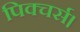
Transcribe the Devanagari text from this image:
पिक्चर्स।